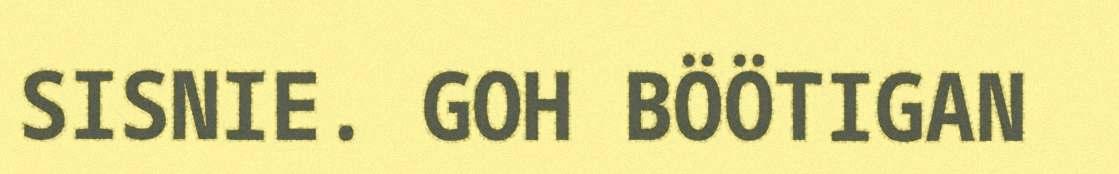
SISNIE. GOH BÖÖTIGAN